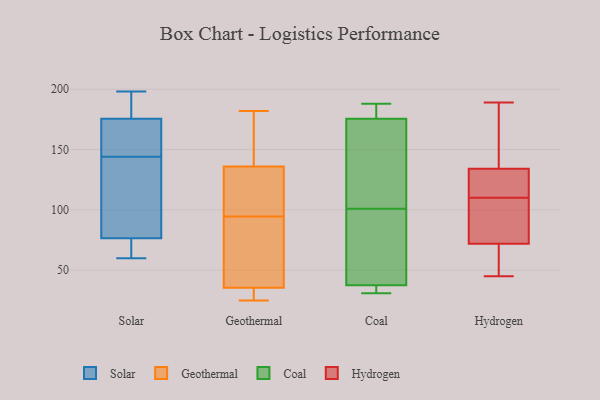
{"axis": {"x": "Latency (ms)", "y": "Value"}, "legend": ["Coal", "Geothermal", "Hydrogen", "Solar"], "data": [{"x": "", "y": 140, "type": "Solar"}, {"x": "", "y": 149, "type": "Solar"}, {"x": "", "y": 148, "type": "Solar"}, {"x": "", "y": 192, "type": "Solar"}, {"x": "", "y": 198, "type": "Solar"}, {"x": "", "y": 164, "type": "Solar"}, {"x": "", "y": 72, "type": "Solar"}, {"x": "", "y": 65, "type": "Solar"}, {"x": "", "y": 95, "type": "Solar"}, {"x": "", "y": 60, "type": "Solar"}, {"x": "", "y": 187, "type": "Solar"}, {"x": "", "y": 81, "type": "Solar"}, {"x": "", "y": 100, "type": "Geothermal"}, {"x": "", "y": 94, "type": "Geothermal"}, {"x": "", "y": 145, "type": "Geothermal"}, {"x": "", "y": 95, "type": "Geothermal"}, {"x": "", "y": 52, "type": "Geothermal"}, {"x": "", "y": 64, "type": "Geothermal"}, {"x": "", "y": 39, "type": "Geothermal"}, {"x": "", "y": 112, "type": "Geothermal"}, {"x": "", "y": 25, "type": "Geothermal"}, {"x": "", "y": 27, "type": "Geothermal"}, {"x": "", "y": 182, "type": "Geothermal"}, {"x": "", "y": 124, "type": "Geothermal"}, {"x": "", "y": 169, "type": "Geothermal"}, {"x": "", "y": 26, "type": "Geothermal"}, {"x": "", "y": 169, "type": "Geothermal"}, {"x": "", "y": 127, "type": "Geothermal"}, {"x": "", "y": 32, "type": "Geothermal"}, {"x": "", "y": 28, "type": "Geothermal"}, {"x": "", "y": 148, "type": "Geothermal"}, {"x": "", "y": 41, "type": "Geothermal"}, {"x": "", "y": 101, "type": "Coal"}, {"x": "", "y": 159, "type": "Coal"}, {"x": "", "y": 31, "type": "Coal"}, {"x": "", "y": 104, "type": "Coal"}, {"x": "", "y": 181, "type": "Coal"}, {"x": "", "y": 33, "type": "Coal"}, {"x": "", "y": 33, "type": "Coal"}, {"x": "", "y": 188, "type": "Coal"}, {"x": "", "y": 182, "type": "Coal"}, {"x": "", "y": 51, "type": "Coal"}, {"x": "", "y": 75, "type": "Coal"}, {"x": "", "y": 189, "type": "Hydrogen"}, {"x": "", "y": 72, "type": "Hydrogen"}, {"x": "", "y": 114, "type": "Hydrogen"}, {"x": "", "y": 66, "type": "Hydrogen"}, {"x": "", "y": 103, "type": "Hydrogen"}, {"x": "", "y": 45, "type": "Hydrogen"}, {"x": "", "y": 189, "type": "Hydrogen"}, {"x": "", "y": 134, "type": "Hydrogen"}, {"x": "", "y": 106, "type": "Hydrogen"}, {"x": "", "y": 134, "type": "Hydrogen"}]}